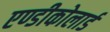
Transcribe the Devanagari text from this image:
एण्डीकोलार्ड